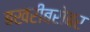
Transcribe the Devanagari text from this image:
बखरीबरोबर